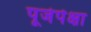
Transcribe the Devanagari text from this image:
पूजेपेक्षा